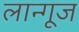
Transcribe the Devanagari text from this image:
लान्गूज